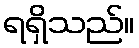
ရရှိသည်။